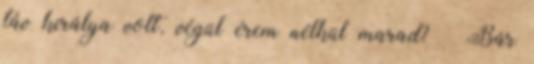
táv királya volt, végül érem nélkül marad? – Bár